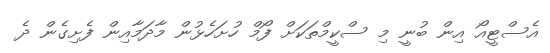
އެސްޓީއޯ އިން ބުނީ މި ސްކީމްތަކަށް ފޯމް ހުށަހެޅުން މާދަމާއިން ފެށިގެން ދެ